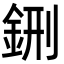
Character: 鉶